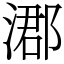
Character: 㴫